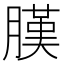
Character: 𦟫